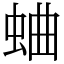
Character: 蛐